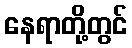
နေရာတို့တွင်